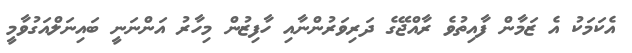
އެކަމަކު އެ ޒަމާން ފާއިތުވެ ރާއްޖޭގެ ދަރިވަރުންނާއި ހާފިޒުން މިހާރު އަންނަނީ ބައިނަލްއަގުވާމީ